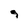
Character: 9